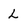
Character: L